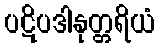
ပဋိပဒါနုတ္တရိယံ